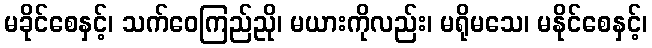
မခိုင်စေနှင့်၊ သက်ဝေကြည်ညို၊ မယားကိုလည်း၊ မရိုမသေ၊ မနိုင်စေနှင့်၊